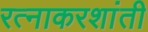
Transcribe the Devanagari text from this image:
रत्नाकरशांती